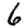
Digit: 6